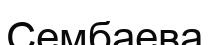
Сембаева